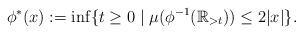
LaTeX: \begin{align*} \phi^* (x) := \inf \{ t \geq 0 \mid \mu ( \phi^{-1} ( \mathbb{R}_{> t})) \leq 2 |x| \}. \end{align*}